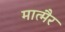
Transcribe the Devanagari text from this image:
मात्मैर